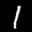
Label: 1